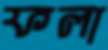
ফলা